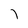
Character: l